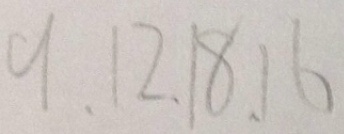
9 、 1 2 、 1 8 、 1 6